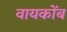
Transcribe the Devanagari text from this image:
वायकोंब